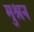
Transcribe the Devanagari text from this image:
मुश्रन